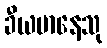
ခီယမာနေသု